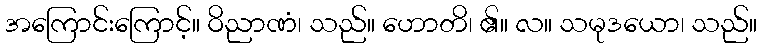
အကြောင်းကြောင့်။ ဝိညာဏံ၊ သည်။ ဟောတိ၊ ၏။ လ။ သမုဒယော၊ သည်။